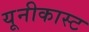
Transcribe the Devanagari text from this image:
यूनीकास्ट